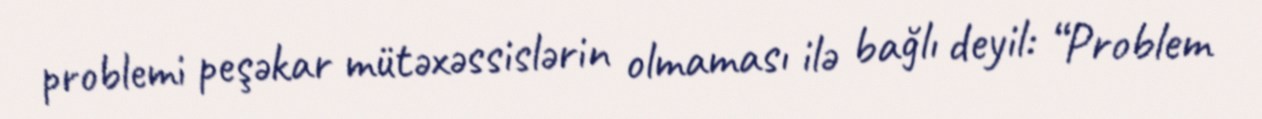
problemi peşəkar mütəxəssislərin olmaması ilə bağlı deyil: “Problem